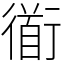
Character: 衜